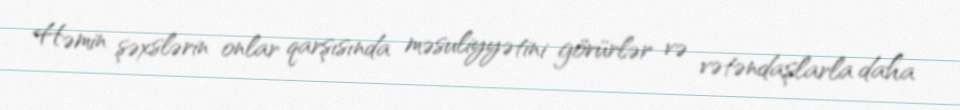
Həmin şəxslərin onlar qarşısında məsuliyyətini görürlər və vətəndaşlarla daha